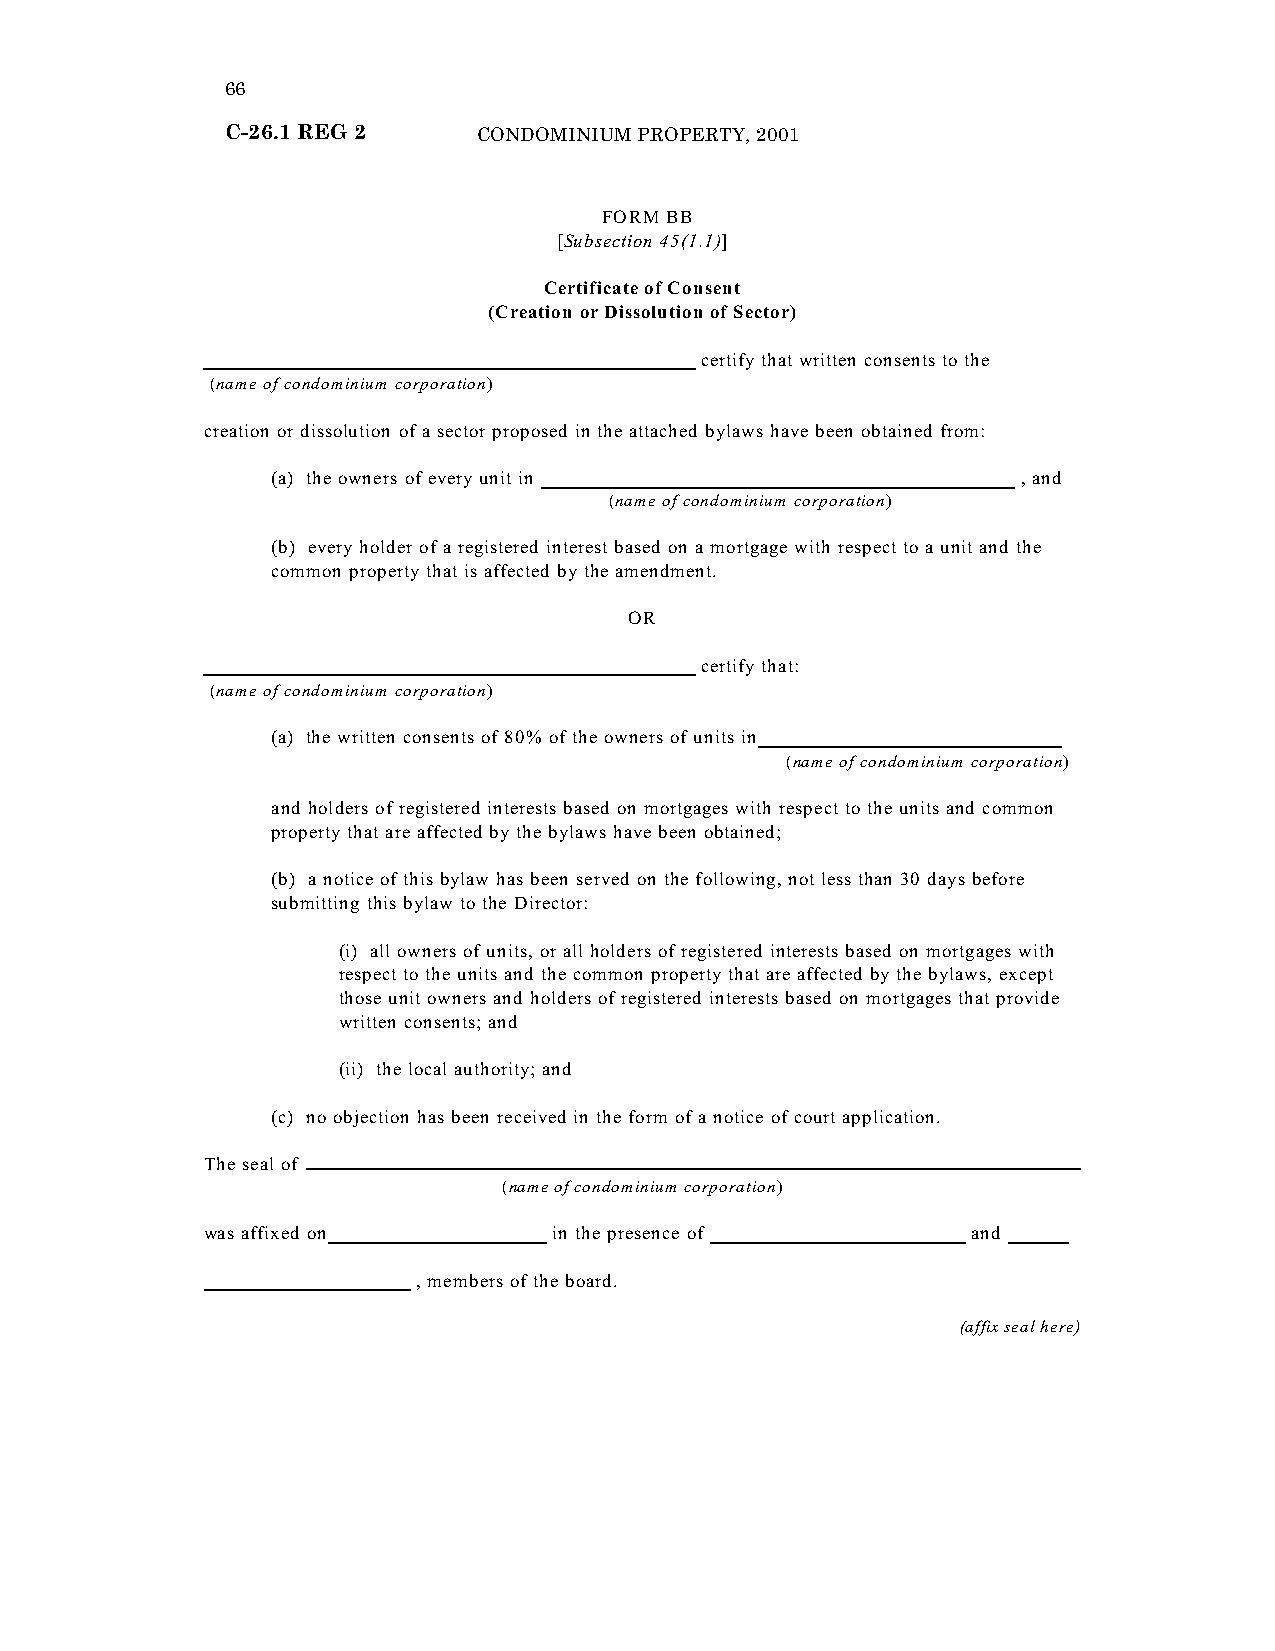
66
 C-26.1 REG 2     CONDOMINIUM PROPERTY, 2001
 “FORM BB
 [Subsection 45(1.1)]
 Certificate of Consent
 (Creation or Dissolution of Sector)
 certify that written consents to the
 (name of condominium corporation)
 creation or dissolution of a sector proposed in the attached bylaws have been obtained from:
 (a) the owners of every unit in                   , and
 (name of condominium corporation)
 (b) every holder of a registered interest based on a mortgage with respect to a unit and the
 common property that is affected by the amendment.
 OR
 certify that:
 (name of condominium corporation)
 (a) the written consents of 80% of the owners of units in
 (name of condominium corporation)
 and holders of registered interests based on mortgages with respect to the units and common
 property that are affected by the bylaws have been obtained;
 (b) a notice of this bylaw has been served on the following, not less than 30 days before
 submitting this bylaw to the Director:
 (i) all owners of units, or all holders of registered interests based on mortgages with
 respect to the units and the common property that are affected by the bylaws, except
 those unit owners and holders of registered interests based on mortgages that provide
 written consents; and
 (ii) the local authority; and
 (c) no objection has been received in the form of a notice of court application.
 The seal of
 (name of condominium corporation)
 was affixed on          in the presence of         and
 , members of the board.
 (affix seal here)